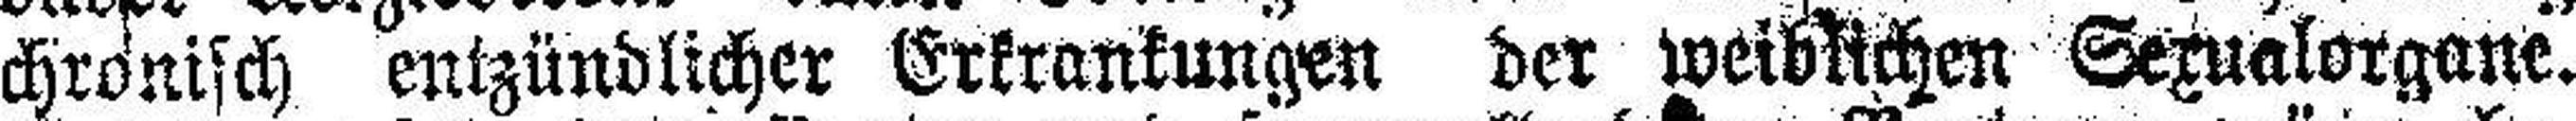
chronisch entzündlicher Erkrankungen der weiblichen Sexualorgane.